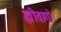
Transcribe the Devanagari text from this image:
झीवागो